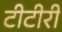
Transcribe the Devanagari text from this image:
टीटीरी